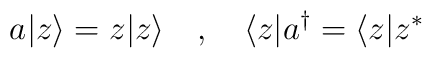
a|z\rangle =z|z\rangle \quad,\quad \langle z |a^{\dagger} =\langle z | z^*